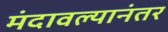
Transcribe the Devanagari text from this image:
मंदावल्यानंतर